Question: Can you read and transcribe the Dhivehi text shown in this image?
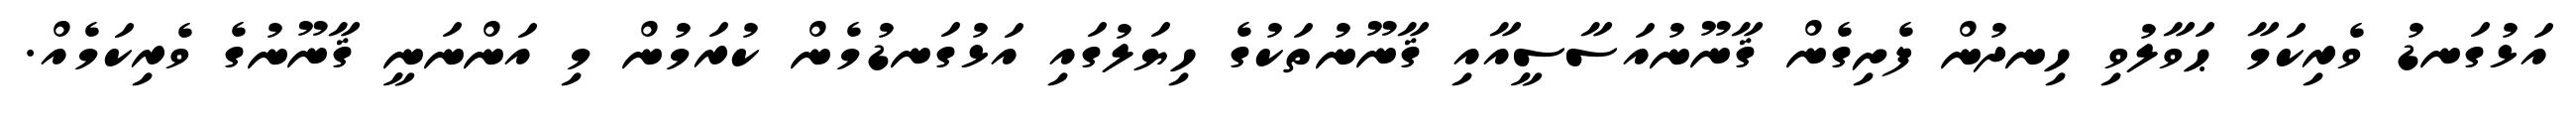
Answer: އަޅުގަނޑު ވެރިކަމާ ޙަވާލުވި ހިނދުން ފެށިގެން ޤާނޫނުއަސާސީއާއި ޤާނޫނުތަކުގެ ހިޔަލުގައި އަޅުގަނޑުމެން ކުރަމުން މި އަންނަނީ ޤާނޫނުގެ ވެރިކަމެއް.